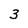
Character: 3